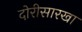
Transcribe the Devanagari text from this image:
दोरीसारखा